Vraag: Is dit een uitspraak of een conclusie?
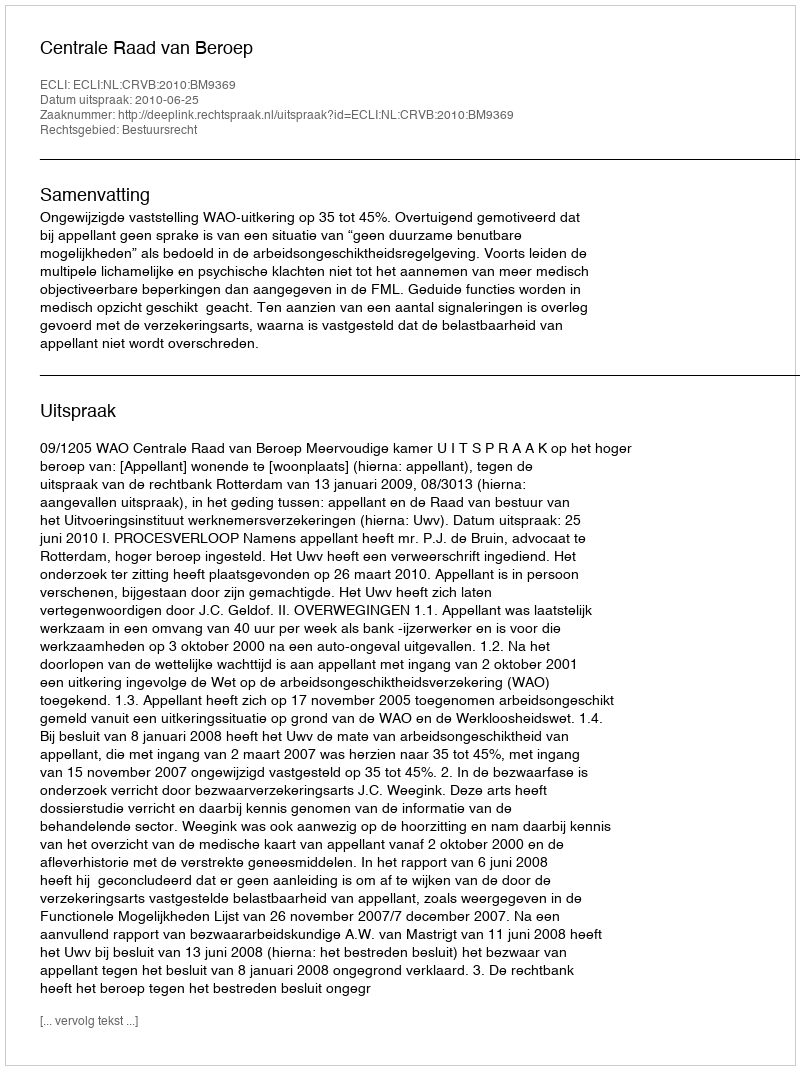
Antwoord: Uitspraak